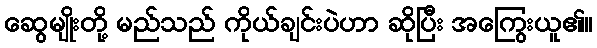
ဆွေမျိုးတို့ မည်သည် ကိုယ်ချင်းပဲဟာ ဆိုပြီး အကြွေးယူ၏။